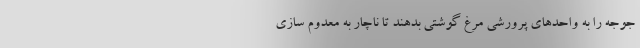
جوجه را به واحد‌های پرورشی مرغ گوشتی بدهند تا ناچار به معدوم سازی